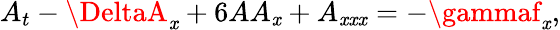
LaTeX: A_{t}-\DeltaA_{\mathit{x}}+6AA_{\mathit{x}}+A_{\mathit{x}\mathit{x}\mathit{x}}=-\gammaf_{\mathit{x}},